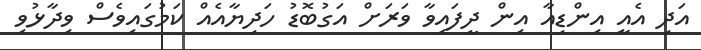
އަދި އެއީ އިންޑިއާ އިން ދީފައިވާ ވަރަށް އަގުބޮޑު ހަދިޔާއެއް ކަމުގައިވެސް ވިދާޅުވި